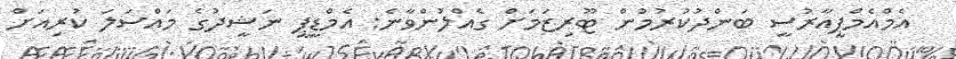
އެމްއެމްޕީއާރުސީ ބަންދުކުރުމުން ޓޫރިޒަމަށް ގެއްލުންވާނެ: އެމްޑީޕީ ނަޝީދުގެ މައްސަލަ ކުރިއަށް